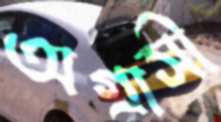
অগ্রাসী